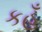
કહૂઁ